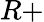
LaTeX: R+